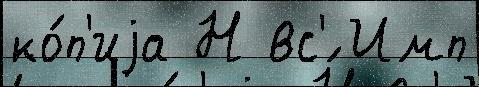
ко́п'иjа Н вс'́ Имп